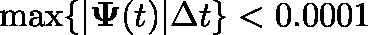
\operatorname* { m a x } \{ | \mathbf { \Psi } ( t ) | \Delta t \} < 0 . 0 0 0 1